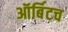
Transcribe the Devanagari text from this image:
ऑर्बिटच